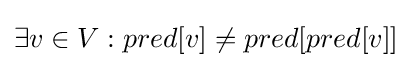
\exists v\in V:pred[v]\neq pred[pred[v]]